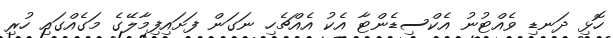
ހޮޅި ދަނޑި ވެއްޓުނު އެކްސިޑެންޓާ އެކު އެއްޗެހި ނަގަން ފަށައިފިމާލޭގެ މަގެއްގައި ހުރި